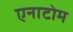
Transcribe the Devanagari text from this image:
एनाटोम